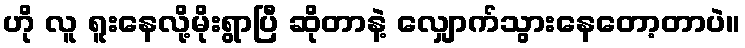
ဟို လူ ရူးနေလို့မိုးရွာပြီ ဆိုတာနဲ့ လျှောက်သွားနေတော့တာပဲ။